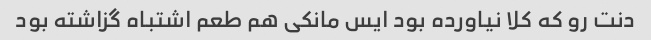
دنت رو که کلا نیاورده بود ایس مانکی هم طعم اشتباه گزاشته بود